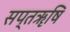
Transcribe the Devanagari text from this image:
सप्तॠषि